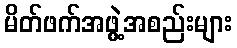
မိတ်ဖက်အဖွဲ့အစည်းများ